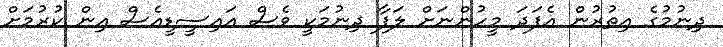
ދިނުމުގެ އިތުރުން އެފަދަ މީހުންނަށް ލަފާ ދިނުމަކީ ވެސް އައިސީޑީއެސް އިން ކުރުމަށް